Annual report on the health of the army in India
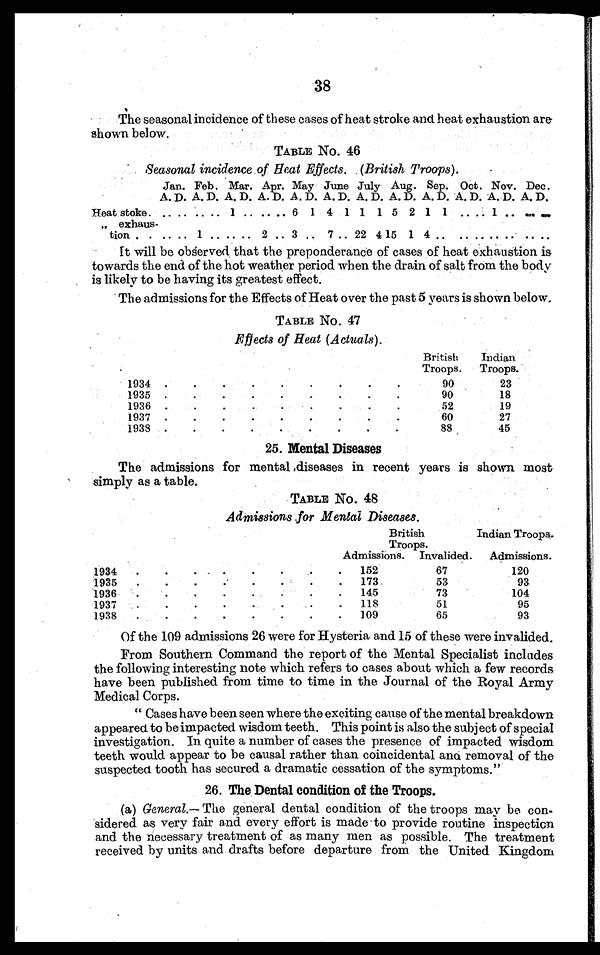
38
The seasonal incidence of these cases of heat stroke and heat exhaustion are
shown below.
TABLE No. 46
Seasonal incidence of Heat Effects. (British Troops).
Jan.
A.D.
Feb.
A. D.
Mar.
A. D.
Apr.
A. D.
May
A. D.
June
A. D.
July
A. D.
Aug.
A. D.
Sep.
A. D.
Oct.
A. D.
Nov.
A. D.
Dec.
A. D.
Heat stoke.
„ exhaus
¬tion . .
.. .. .. .. 1 .. .. .. 6 1 4 1 1 1 5 2 1 1 .. . . 1 .. ..„ ..„
.. .. 1 .. .. .. 2 .. 3 .. 7 .. 22 4 15 1 4
.. . . . . ..
.. .
It will be observed that the preponderance of cases of heat exhaustion is
towards the end of the hot weather period when the drain of salt from the body
is likely to be having its greatest effect.
The admissions for the Effects of Heat over the past 5 years is shown below.
TABLE No. 47
Effects of Heat (Actuals).
British
Troops.
In dian
Troops.
1934
90
23
1935
90
18
1936
52
19
1937
60
27
1938
88
45
25. Mental Diseases
The admissions for mental diseases in recent years is shown most
simply as a table.
TABLE No. 48
Admissions for Mental Diseases
British
Troops.
Indian Troops:
Admissions. Invalided.
Admissions.
1934
.
.
_
.
152
67
120
1935
.
.
.
..
.
.
173.
53
93
1936
.
.
.
145
73
104
193
.
.
.
, .
.
118
51
95
1.938
.
.
109
65
93
Of the 109 admissions 26 were for Hysteria and 15 of these were invalided.
From Southern Command the report of the Mental Specialist includes
the following interesting note which refers to cases about which a few records
have been published from time to time in the Journal of the Royal Army
Medical Corps.
" Cases have been seen where the exciting cause of the mental breakdown
appeared to be impacted wisdom teeth. This point is also the subject of special
investigation. In quite a number of cases the presence of impacted wisdom
teeth would appear to be causal rather than coincidental and removal of the
suspected tooth has secured a dramatic cessation of the symptoms."
26. The Dental condition of the Troops.
(a) General.— The general dental condition of the troops may be con
¬ s i d e r e d a s v e r y f a i r a n d e v e r y e f f o r t i s m a d e t o p r o v i d e r o u t i n e i n s p e c t i o n
and the necessary treatment of as many men as possible. The treatment
received by units and drafts before departure from the United Kingdom